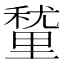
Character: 𮡚